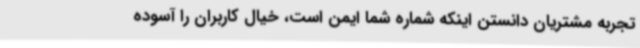
تجربه مشتریان دانستن اینکه شماره شما ایمن است، خیال کاربران را آسوده